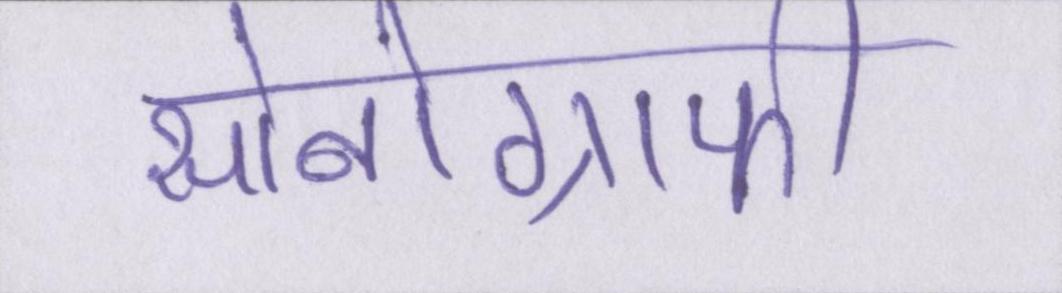
सोनोग्राफी